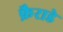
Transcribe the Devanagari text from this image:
फ़ैराडे